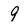
Character: 9